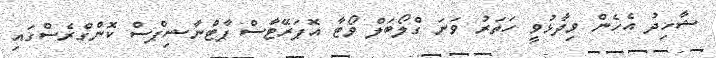
ޝާހިދު އެހެން ވިދާޅުވީ ހަތަރު ވަނަ ގްލޯބަލް ވޯޓާ އޮޕަރޭޓާސް ޕާޓްނާޝިޕްސް ކޮންގްރެސްގައި